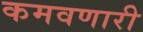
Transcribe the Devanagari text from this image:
कमवणारी